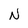
Character: N